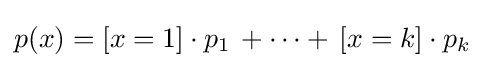
p(x)=[x=1]\cdot p_{1}\,+\cdots +\,[x=k]\cdot p_{k}